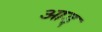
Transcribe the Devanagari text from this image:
आड्